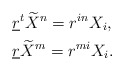
\begin{align*}&\underline{r}^{t}\widetilde{X}^{n}=r^{in}X_i,\\&\underline{r}\widetilde{X}^{m}=r^{mi}X_i.\end{align*}